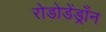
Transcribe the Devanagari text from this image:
रोडोडेंड्राँन